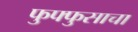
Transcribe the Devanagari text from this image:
फुफ्‍फुसाचा